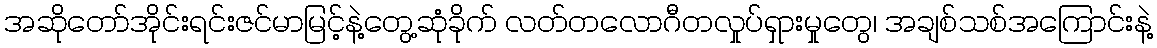
အဆိုတော်အိုင်းရင်းဇင်မာမြင့်နဲ့တွေ့ဆုံခိုက် လတ်တလောဂီတလှုပ်ရှားမှုတွေ၊ အချစ်သစ်အကြောင်းနဲ့